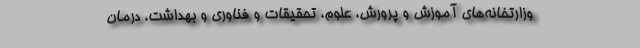
وزارتخانه‌های آموزش و پرورش، علوم، تحقیقات و فناوری و بهداشت، درمان